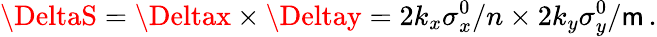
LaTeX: \DeltaS=\Deltax\times\Deltay=2k_{x}\sigma_{x}^{0}/n\times2k_{y}\sigma_{y}^{0}/\mathsf{m}\, .